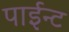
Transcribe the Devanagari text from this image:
पाईन्ट